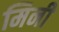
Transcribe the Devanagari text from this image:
मिनी